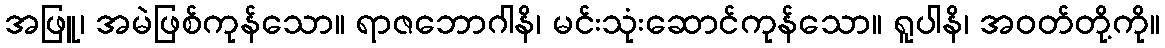
အဖြူ၊ အမဲဖြစ်ကုန်သော။ ရာဇဘောဂါနိ၊ မင်းသုံးဆောင်ကုန်သော။ ရူပါနိ၊ အဝတ်တို့ကို။